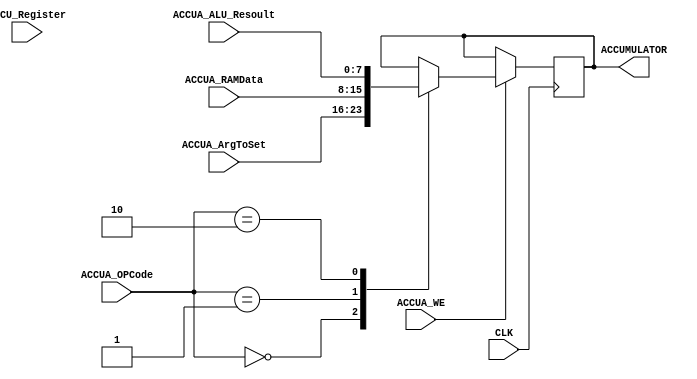
module ACCU_A
(
	input  wire 			CLK,

	input  wire				ACCUA_WE,
	input  wire 	[1:0] ACCUA_OPCode,
	

	input  wire 	[7:0]	ACCUA_ArgToSet,
	input  wire 	[7:0]	ACCUA_RAMData,
	input  wire 	[7:0]	ACCU_Register,
	
	input  wire 	[7:0]	ACCUA_ALU_Resoult,
	
	output reg 		[7:0]	ACCUMULATOR
);


always @(posedge CLK)
begin
	if(ACCUA_WE)
	begin
		case(ACCUA_OPCode)
			2'b00:
				ACCUMULATOR <= ACCUA_ArgToSet;
			2'b01:
				ACCUMULATOR <= ACCUA_RAMData;
			2'b10:
				ACCUMULATOR <= ACCUA_ALU_Resoult;
		endcase
	end
end

endmodule